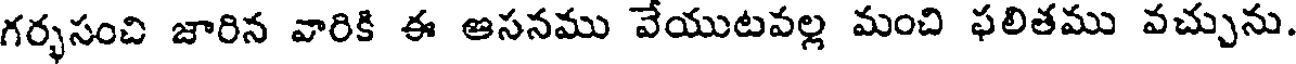
గర్భసంచి జారిన వారికి ఈ ఆసనము వేయుటవల్ల మంచి ఫలితము వచ్చును.